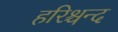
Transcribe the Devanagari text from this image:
हरिश्चन्द